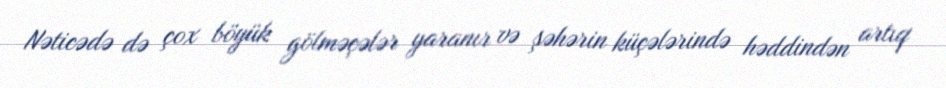
Nəticədə də çox böyük gölməçələr yaranır və şəhərin küçələrində həddindən artıq